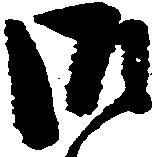
御